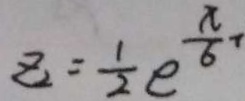
z _ { 2 } = \frac { 1 } { 2 } e ^ { \frac { x } { 6 } } +